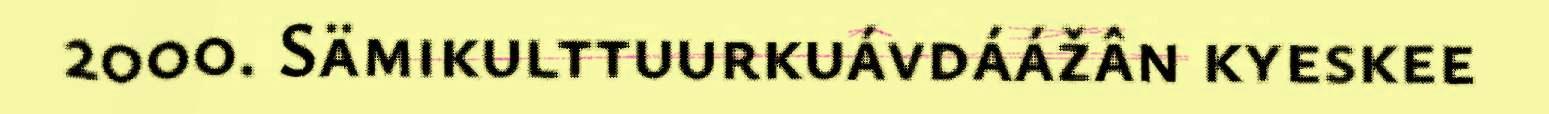
2000. Sämikulttuurkuávdáážân kyeskee